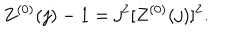
LaTeX: Z ^ { ( 0 ) } ( j ) - 1 = j ^ { 2 } [ Z ^ { ( 0 ) } ( j ) ] ^ { 2 } .